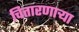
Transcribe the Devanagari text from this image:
चितारणाऱ्या